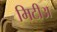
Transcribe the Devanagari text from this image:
मिटीअ